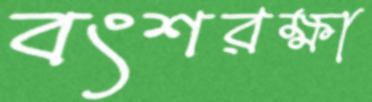
বংশরক্ষা